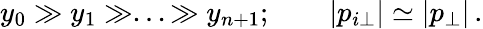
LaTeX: y_{0}\gg y_{1}\gg...\gg y_{n+1};\qquad|p_{i\perp}|\simeq|p_{\perp}|\, .